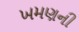
ખમણની